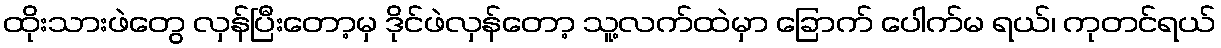
ထိုးသားဖဲတွေ လှန်ပြီးတော့မှ ဒိုင်ဖဲလှန်တော့ သူ့လက်ထဲမှာ ခြောက် ပေါက်မ ရယ်၊ ကုတင်ရယ်